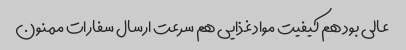
عالی بود هم کیفیت مواد غذایی هم سرعت ارسال سفارات ممنون